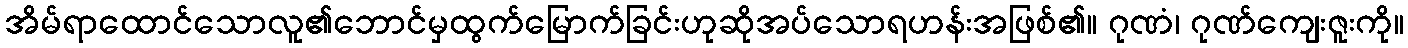
အိမ်ရာထောင်သောလူ၏ဘောင်မှထွက်မြောက်ခြင်းဟုဆိုအပ်သောရဟန်းအဖြစ်၏။ ဂုဏံ၊ ဂုဏ်ကျေးဇူးကို။